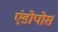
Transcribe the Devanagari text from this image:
एंडोपोर्स